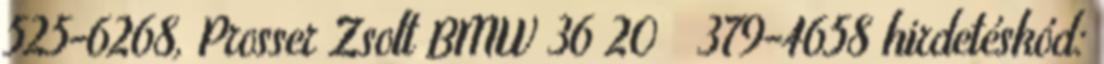
525-6268,Prosser Zsolt BMW3620379-4658 hirdetéskód: